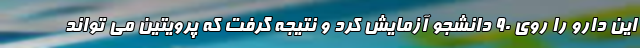
این دارو را روی 90 دانشجو آزمایش کرد و نتیجه گرفت که پرویتین می تواند